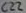
Text: C22